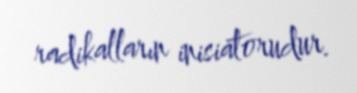
radikalların inisiatorudur.